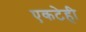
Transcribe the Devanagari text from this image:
एकटेही